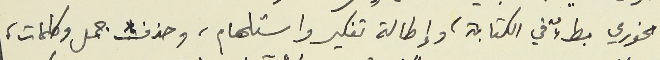
الخوري بطءٌ في الكتابة، وإطالة تفكير واستلهام، وحذف جمل وكلمات،